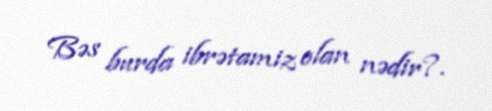
Bəs burda ibrətamiz olan nədir?.